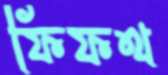
ফিফথ